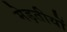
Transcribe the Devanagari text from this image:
मेड़तीयों